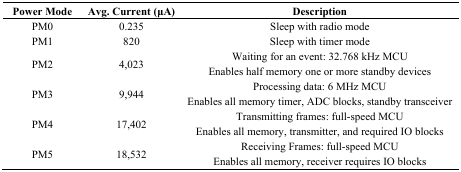
<table><thead><tr><td><b>Power Mode</b></td><td><b>Avg. Current (μA)</b></td><td><b>Description</b></td></tr></thead><tbody><tr><td>PM0</td><td>0.235</td><td>Sleep with radio mode</td></tr><tr><td>PM1</td><td>820</td><td>Sleep with timer mode</td></tr><tr><td>PM2</td><td>4,023</td><td>Waiting for an event: 32.768 kHz MCU Enables half memory one or more standby devices</td></tr><tr><td>PM3</td><td>9,944</td><td>Processing data: 6 MHz MCU Enables all memory timer, ADC blocks, standby transceiver</td></tr><tr><td>PM4</td><td>17,402</td><td>Transmitting frames: full-speed MCU Enables all memory, transmitter, and required IO blocks</td></tr><tr><td>PM5</td><td>18,532</td><td>Receiving Frames: full-speed MCU Enables all memory, receiver requires IO blocks</td></tr></tbody></table>